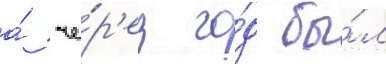
а́ че́р'ез го́д бы́л